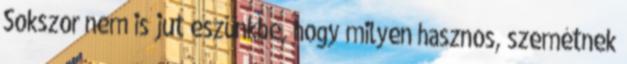
Sokszor nem is jut eszünkbe, hogy milyen hasznos, szemétnek